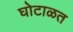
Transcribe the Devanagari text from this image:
घोटाळत